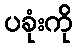
ပခုံးကို